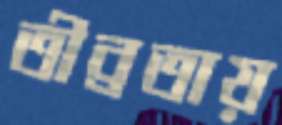
তীব্রতায়